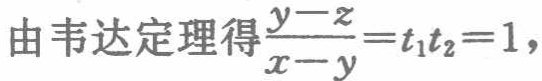
由韦达定理得$\frac{y - z}{x - y}=t_1t_2 = 1,$